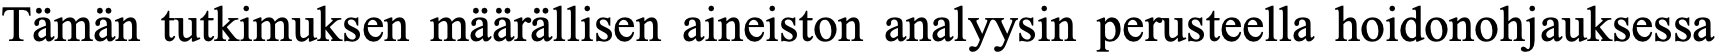
Tämän tutkimuksen määrällisen aineiston analyysin perusteella hoidonohjauksessa